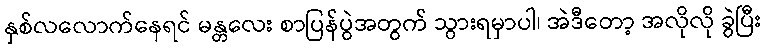
နှစ်လလောက်နေရင် မန္တလေး စာပြန်ပွဲအတွက် သွားရမှာပါ၊ အဲဒီတော့ အလိုလို ခွဲပြီး